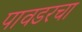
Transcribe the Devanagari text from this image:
पावडरचा